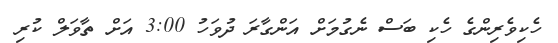
ހެކިވެރިންގެ ހެކި ބަސް ނެގުމަށް އަންގާރަ ދުވަހު 3:00 އަށް ތާވަލް ކުރި